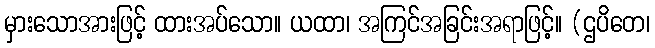
မှားသောအားဖြင့် ထားအပ်သော။ ယထာ၊ အကြင်အခြင်းအရာဖြင့်။ (ဌပိတေ၊